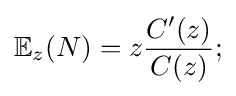
\mathbb {E} _{z}(N)=z{\dfrac {C'(z)}{C(z)}};